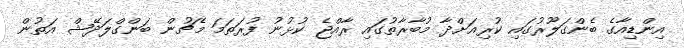
އިންޑިއާގެ ބެންގަލޫރުގައި ކުރިއަށްދާ މުބާރާތުގައި ރާއްޖެ ކުޅުނު ފުރަތަމަ މެޗުން ބަންގްލަދޭޝް އަތުން